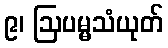
၉၊ ဩပမ္မသံယုတ်